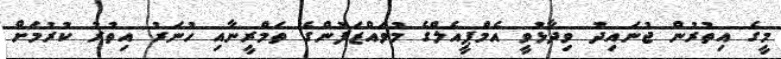
މީގެ އިތުރުން ޖުނައިދު ވިދާޅުވީ އެމްޕީއެލްގެ މުވައްޒަފުންގެ ތަމްރީނާއި ހުނަރު އިތުރު ކުރުމަށް